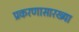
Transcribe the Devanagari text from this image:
प्रकरणासारख्या